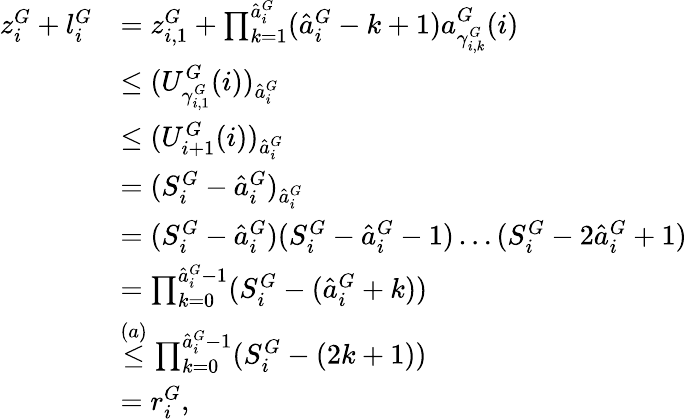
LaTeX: \begin{array}{rl}{z_{i}^{G}+l_{i}^{G}}&{=z_{i,1}^{G}+\prod_{k=1}^{\hat{a}_{i}^{G}}(\hat{a}_{i}^{G}-k+1)a_{\gamma_{i,k}^{G}}^{G}(i)}\\ &{\leq(U_{\gamma_{i,1}^{G}}^{G}(i))_{\hat{a}_{i}^{G}}}\\ &{\leq(U_{i+1}^{G}(i))_{\hat{a}_{i}^{G}}}\\ &{=(S_{i}^{G}-\hat{a}_{i}^{G})_{\hat{a}_{i}^{G}}}\\ &{=(S_{i}^{G}-\hat{a}_{i}^{G})(S_{i}^{G}-\hat{a}_{i}^{G}-1)\dots(S_{i}^{G}-2\hat{a}_{i}^{G}+1)}\\ &{=\prod_{k=0}^{\hat{a}_{i}^{G}-1}(S_{i}^{G}-(\hat{a}_{i}^{G}+k))}\\ &{\stackrel{(a)}{\leq}\prod_{k=0}^{\hat{a}_{i}^{G}-1}(S_{i}^{G}-(2k+1))}\\ &{=r_{i}^{G},}\end{array}